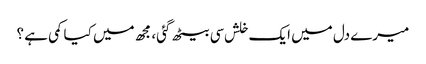
میرے دل میں ایک خلش سی بیٹھ گئی، مجھ میں کیا کمی ہے ؟